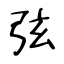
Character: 弦